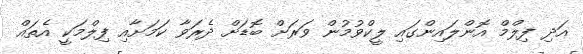
އަދި ފިލްމް އޮންލައިންގައި ލީކްވުމުން ވަރަށް ބޮޑަށް ދެރަވާ ކަމަށާއި ފިލްމަކީ އެތައް